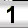
Digit: 1